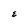
Character: E